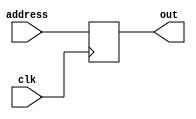
module addr_counter(address,clk,out);
	input [4:0] address;
	input clk;
	output reg[4:0] out;
	
	always @ (posedge clk) begin
		out<= address;
		end	
endmodule